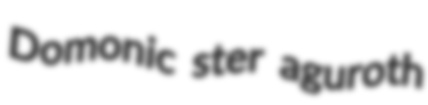
Domonic ster aguroth